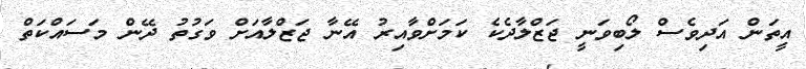
އީތަން އަދިވެސް ލޯބިވަނީ ޖަޒްލާދެކެ ކަމަށްވާއިރު އޭނާ ޖަޒްލާއަށް ވަގުތު ދޭން މަސައްކަތް